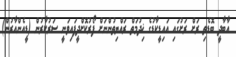
އާބާދީ ބޮޑެތި ރަށް ރަށުގައި އައިޑީކާޑުގެ ޚިދުމަތް ރައްޔިތުންނަށް ފޯރުކޮށްދީފައިވަނީ ސަރުކާރުން (ޑީއެންއާރުން)